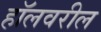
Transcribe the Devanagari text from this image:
हॉलवरील